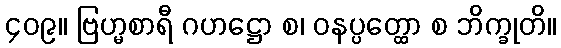
၄၀၉။ ဗြဟ္မစာရီ ဂဟဋ္ဌော စ၊ ဝနပ္ပတ္ထော စ ဘိက္ခုတိ။